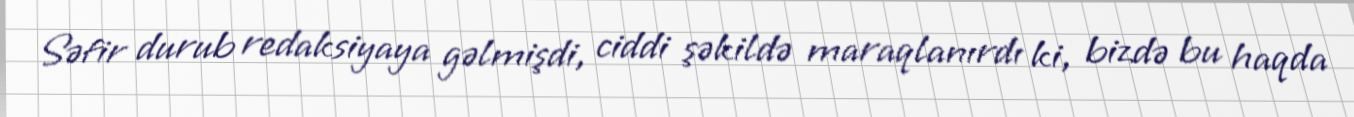
Səfir durub redaksiyaya gəlmişdi, ciddi şəkildə maraqlanırdı ki, bizdə bu haqda